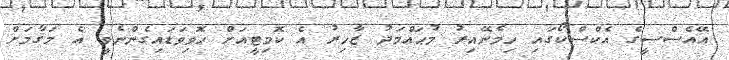
އޭއެސްސީގެ އެކްސްކޯގައި ހިމެނޭއިރު މުޙައްމަދު ޒާހިރު އެ ކޮމިޓީއަށް ހޮވިވަޑައިގެންނެވީ އެ މަޤާމަށް